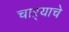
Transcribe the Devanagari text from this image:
चाऱ्याचे